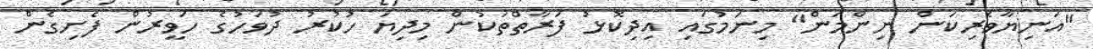
"އަނިޔާވެރިކަން ނިންމަން" މިނަމުގައި އިދިކޮޅު ފަރާތްތަކުން މިދިޔަ ހުކުރު ދުވަހުގެ ހަވީރުން ފެށިގެން